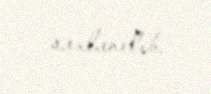
saxlanılıb.